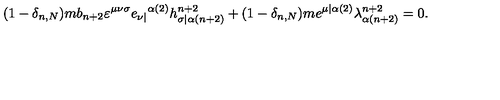
( 1 - \delta _ { n , N } ) m b _ { n + 2 } \varepsilon ^ { \mu \nu \sigma } e _ { \nu | } { } ^ { \alpha ( 2 ) } h _ { \sigma | \alpha ( n + 2 ) } ^ { n + 2 } + ( 1 - \delta _ { n , N } ) m e ^ { \mu | \alpha ( 2 ) } \lambda _ { \alpha ( n + 2 ) } ^ { n + 2 } = 0 .